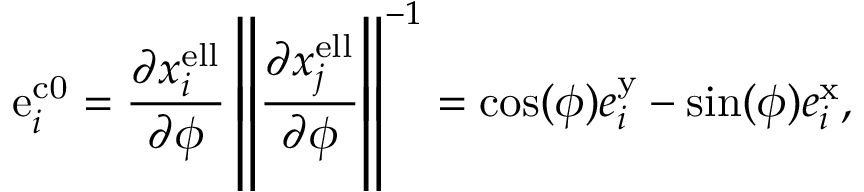
\mathrm { e } _ { i } ^ { \mathrm { c 0 } } = \frac { \partial x _ { i } ^ { \mathrm { e l l } } } { \partial \phi } \left\| \frac { \partial x _ { j } ^ { \mathrm { e l l } } } { \partial \phi } \right\| ^ { - 1 } = \mathrm { c o s } ( \phi ) e _ { i } ^ { \mathrm { y } } - \mathrm { s i n } ( \phi ) e _ { i } ^ { \mathrm { x } } ,